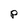
Character: P